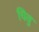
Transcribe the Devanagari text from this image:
चिवु